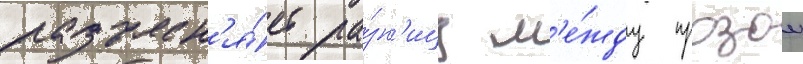
разъясн'я́ет ра́зн'ицу м'е́жду прозои